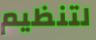
لتنظيم